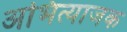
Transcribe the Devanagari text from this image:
अभित्याजक